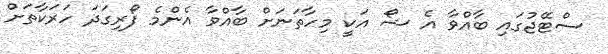
ސްޓޭޖުގައި ބާއްވާ އެ ޝޯ އަކީ މިހާތަނަށް ބާއްވާ އެންމެ ފޯރިގަދަ ހަރަކާތަށް